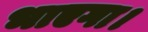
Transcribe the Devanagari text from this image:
भाएगा।